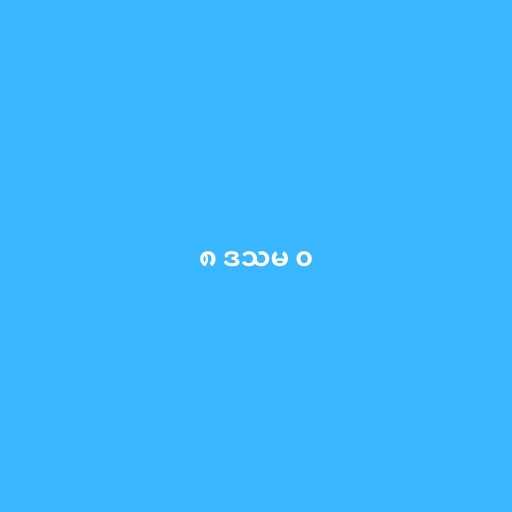
၈ ဒသမ ၀